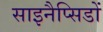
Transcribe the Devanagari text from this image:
साइनैप्सिडों